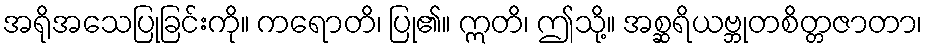
အရိုအသေပြုခြင်းကို။ ကရောတိ၊ ပြု၏။ ဣတိ၊ ဤသို့။ အစ္ဆရိယဗ္ဘုတစိတ္တဇာတာ၊